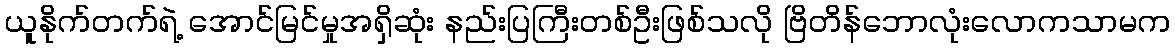
ယူနိုက်တက်ရဲ့ အောင်မြင်မှုအရှိဆုံး နည်းပြကြီးတစ်ဦးဖြစ်သလို ဗြိတိန်ဘောလုံးလောကသာမက